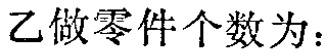
乙做零件个数为：